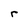
Character: r